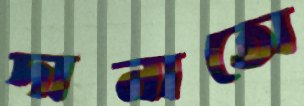
দানাতো